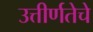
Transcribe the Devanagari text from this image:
उत्तीर्णतेचे